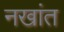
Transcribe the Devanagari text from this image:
नखांत